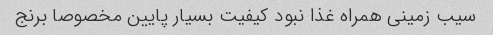
سیب زمینی همراه غذا نبود کیفیت بسیار پایین مخصوصا برنج